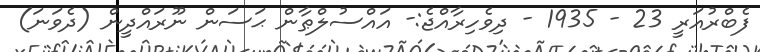
ފެބްރުއަރީ 23 - 1935 - ދިވެހިރާއްޖެ:- އައްސުލްޠާން ޙަސަން ނޫރައްދީން (ދެވަނަ)